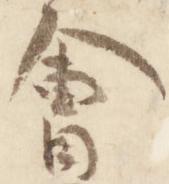
会